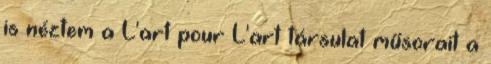
is néztem a L'art pour L'art társulat műsorait a